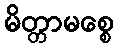
မိတ္တာမစ္စေ